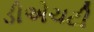
ડીએચટી